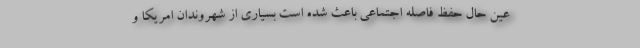
عین حال حفظ فاصله اجتماعی باعث شده است بسیاری از شهروندان امریکا و